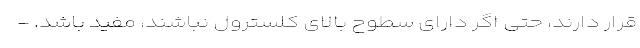
قرار دارند، حتی اگر دارای سطوح بالای کلسترول نباشند، مفید باشد. -